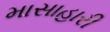
માસાહારી